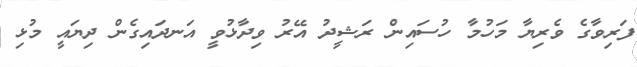
ފަރިވާގެ ވެރިޔާ މަހުމާ ހުސައިން ރަޝީދު އޭރު ވިދާޅުވީ އަނދައިގެން ދިޔައީ މުޅި